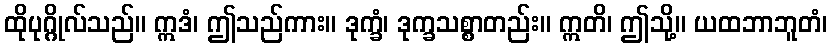
ထိုပုဂ္ဂိုလ်သည်။ ဣဒံ၊ ဤသည်ကား။ ဒုက္ခံ၊ ဒုက္ခသစ္စာတည်း။ ဣတိ၊ ဤသို့။ ယထဘာဘူတံ၊